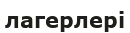
лагерлері